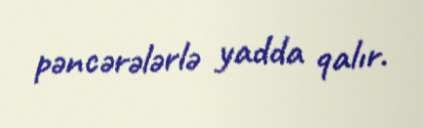
pəncərələrlə yadda qalır.